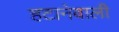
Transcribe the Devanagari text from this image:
हटानेवाली